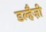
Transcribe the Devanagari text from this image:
डल्हैज़ी